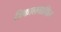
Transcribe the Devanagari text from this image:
त्रिकालबाधित